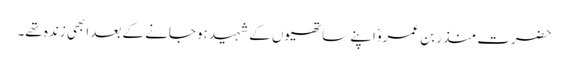
حضرت منذر بن عمروؓ اپنے ساتھیوں کے شہید ہوجانے کے بعد ابھی زندہ تھے۔